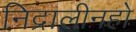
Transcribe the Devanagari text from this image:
निद्रालीनहो